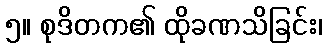
၅။ စုဒိတက၏ ထိုခဏသိခြင်း၊